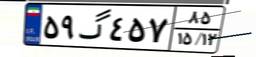
۸۵گ۷۱۹۹۵